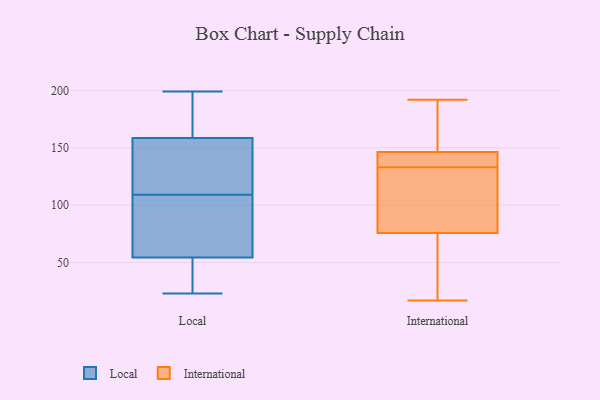
{"axis": {"x": "Population (Million)", "y": "Value"}, "legend": ["International", "Local"], "data": [{"x": "", "y": 40, "type": "Local"}, {"x": "", "y": 199, "type": "Local"}, {"x": "", "y": 159, "type": "Local"}, {"x": "", "y": 183, "type": "Local"}, {"x": "", "y": 154, "type": "Local"}, {"x": "", "y": 173, "type": "Local"}, {"x": "", "y": 49, "type": "Local"}, {"x": "", "y": 60, "type": "Local"}, {"x": "", "y": 155, "type": "Local"}, {"x": "", "y": 86, "type": "Local"}, {"x": "", "y": 132, "type": "Local"}, {"x": "", "y": 29, "type": "Local"}, {"x": "", "y": 23, "type": "Local"}, {"x": "", "y": 158, "type": "Local"}, {"x": "", "y": 74, "type": "Local"}, {"x": "", "y": 78, "type": "Local"}, {"x": "", "y": 192, "type": "International"}, {"x": "", "y": 149, "type": "International"}, {"x": "", "y": 100, "type": "International"}, {"x": "", "y": 180, "type": "International"}, {"x": "", "y": 133, "type": "International"}, {"x": "", "y": 135, "type": "International"}, {"x": "", "y": 30, "type": "International"}, {"x": "", "y": 78, "type": "International"}, {"x": "", "y": 138, "type": "International"}, {"x": "", "y": 75, "type": "International"}, {"x": "", "y": 17, "type": "International"}]}